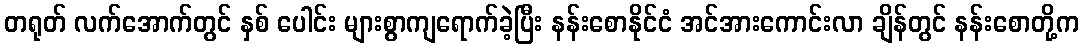
တရုတ် လက်အောက်တွင် နှစ် ပေါင်း များစွာကျရောက်ခဲ့ပြီး နန်းစောနိုင်ငံ အင်အားကောင်းလာ ချိန်တွင် နန်းစောတို့က